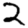
Digit: 2